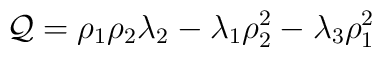
{\cal Q} = \rho_1 \rho_2 \lambda_2 - \lambda_1 \rho_2^2 - \lambda_3\rho_1^2